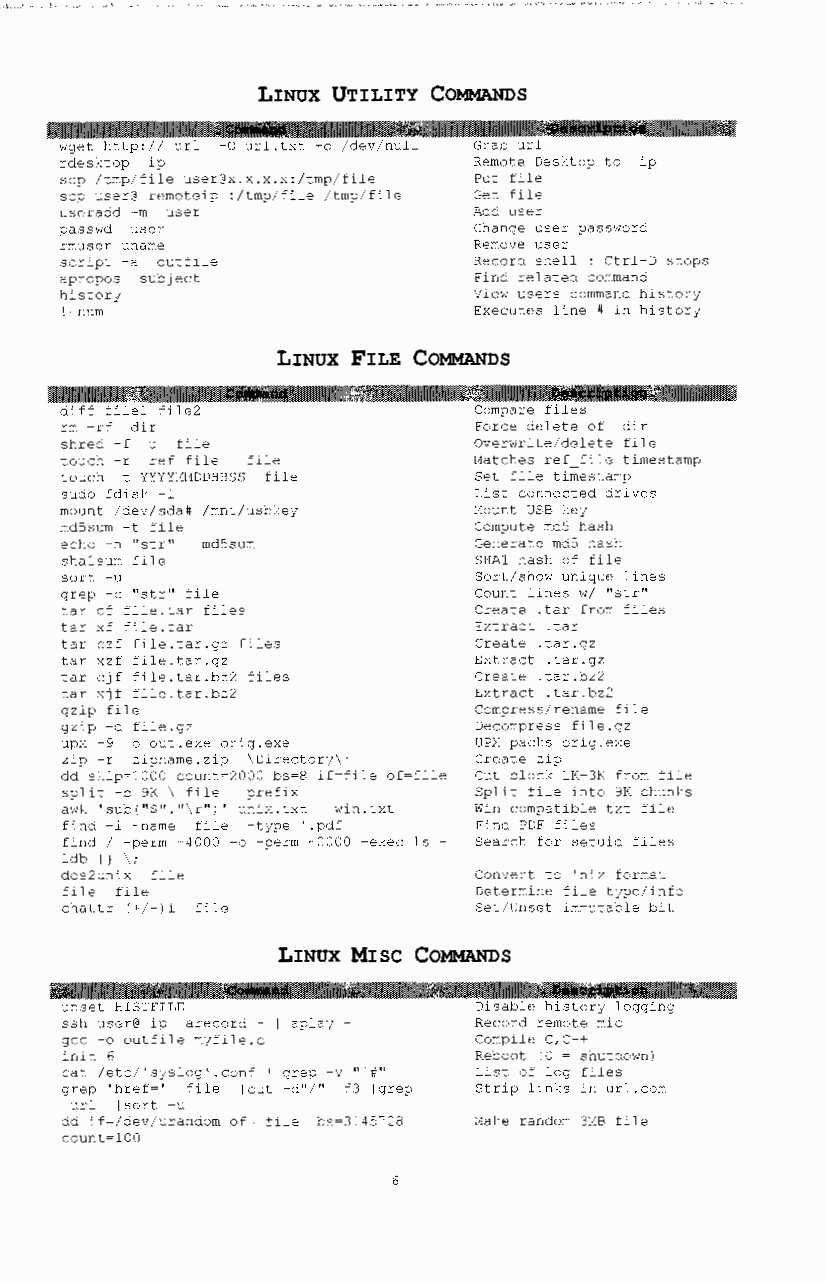
LINUX UTILITY COMMANDS
 wget http:// url -0 url.txt -o /dev/null Grab url
 rdesktop ip                Remote Desktop to ip
 scp /tmp/file user@x.x.x.x:/tmp/file Put file
 scp user@ remoteip :/tmp/file /tmp/file Get file
 useradd -m user            Add user
 passwd user                Change user password
 rmuser unarne              Remove user
 script -a outfile          Record shell : Ctrl-D stops
 apropos subject            Find related command
 history                    View users command history
 ! num                      Executes line # in history
 LINUX FILE COMMANDS
 diff filel file2           Compare files
 rm -rf dir                 Force delete of dir
 shred -f -u file           Overwrite/delete file
 touch -r ref file file     t1atches ref_ file timestamp
 touch -t YYYY11t1DDHHSS file Set file timestamp
 sudo fdisk -1              List connected drives
 mount /dev/sda# /mnt/usbkey t1ount USB key
 md5sum -t file             Compute md5 hash
 echo -n "str11 I md5sum    Generate md5 hash
 shalsum file               SHAl hash of file
 sort -u                    Sort/show unique lines
 grep -c ''str'' file       Count lines w/ ''str''
 tar cf file.tar files      Create .tar from files
 tar xf file.tar            Extract .tar
 tar czf file.tar.gz files  Create .tar.gz
 tar xzf file.tar.gz        Extract .tar.gz
 tar cjf file.tar.bz2 files Create .tar.bz2
 tar xjf file.tar.bz2       Extract .tar.bz2
 gzip file                  Compress/rename file
 gzip -d file. gz           Decompress file.gz
 upx -9 -o out.exe orig.exe UPX packs orig.exe
 zip -r zipname.zip \Directory\' Create zip
 dd skip=lOOO count=2000 bs=S if=file of=file Cut block 1K-3K from file
 split -b 9K \ file prefix  Split file into 9K chunks
 awk 'sub("$"."\r")' unix.txt win.txt Win compatible txt file
 find -i -name file -type '.pdf Find PDF files
 find I -perm -4000 -o -perm -2000 -exec ls - Search for setuid files
 ldb {) \;
 dos2unix file              Convert to ~nix format
 file file                  Determine file type/info
 chattr (+/-)i file         Set/Unset immutable bit
 LINUX ~SC COMMANDS
 unset HISTFILE             Disable history logging
 ssh user@ ip arecord - I aplay - Record remote mic
 gee -o outfile myfile.c    Compile C,C++
 init 6                     Reboot (0 = shutdown)
 cat /etc/1syslog1.conf 1 grep -v ''"#'' List of log files
 grep 'href=' file 1 cut -d"/" -f3 I grep Strip links in url.com
 url lsort -u
 dd if=/dev/urandom of= file bs=3145"28 l1ake random 311B file
 count=lOO